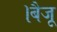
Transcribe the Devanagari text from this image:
।बैजू